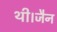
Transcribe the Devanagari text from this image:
थी।जैन